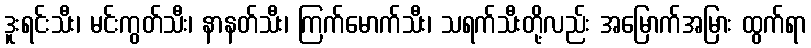
ဒူးရင်းသီး၊ မင်းကွတ်သီး၊ နာနတ်သီး၊ ကြက်မောက်သီး၊ သရက်သီးတို့လည်း အမြောက်အမြား ထွက်ရာ